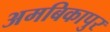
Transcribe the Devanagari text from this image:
अमबिकापुर